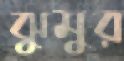
ঝুমুর